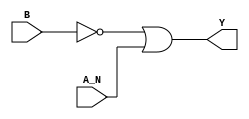
module sky130_fd_sc_hd__nand2b (
    Y  ,
    A_N,
    B
);

    // Module ports
    output Y  ;
    input  A_N;
    input  B  ;

    // Module supplies
    supply1 VPWR;
    supply0 VGND;
    supply1 VPB ;
    supply0 VNB ;

    // Local signals
    wire not0_out ;
    wire or0_out_Y;

    //  Name  Output     Other arguments
    not not0 (not0_out , B              );
    or  or0  (or0_out_Y, not0_out, A_N  );
    buf buf0 (Y        , or0_out_Y      );

endmodule